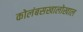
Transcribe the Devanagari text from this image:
कोलंबसखालोखाल